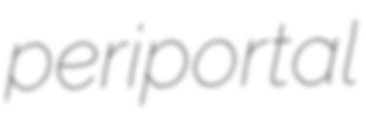
periportal